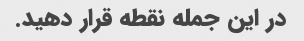
در این جمله نقطه قرار دهید.